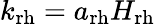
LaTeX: k_{\mathrm{rh}}=a_{\mathrm{rh}}H_{\mathrm{rh}}